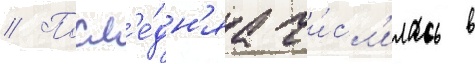
// Посл'е́дн'яа чи́сл'илась в